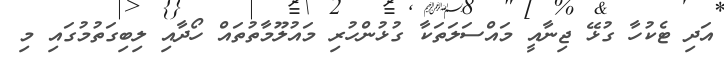
އަދި ޓެކުހާ ގުޅޭ ޖިނާއީ މައްސަލަތަކާ ގުޅުންހުރި މައުލޫމާތުތައް ހޯދާއި ލިބިގަތުމުގައި މި